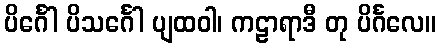
ပိင်္ဂေါ ပိသင်္ဂေါ ပျထဝါ၊ ကဠာရာဒီ တု ပိင်္ဂလေ။